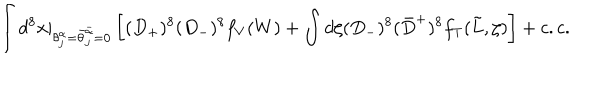
\int d ^ { 8 } x \vert _ { \theta _ { j } ^ { \alpha } = \bar { \theta } _ { j } ^ { \bar { \alpha } } = 0 } \left[ ( D _ { + } ) ^ { 8 } ( D _ { - } ) ^ { 8 } f _ { V } ( W ) + \int d \zeta ( D _ { - } ) ^ { 8 } ( \bar { D } ^ { + } ) ^ { 8 } f _ { T } ( \tilde { L } , \zeta ) \right] + c . c .